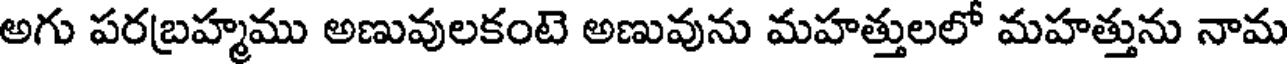
అగు పరబ్రహ్మము అణువులకంటె అణువును మహత్తులలో మహత్తును నామ